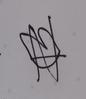
Signature authenticity: forged